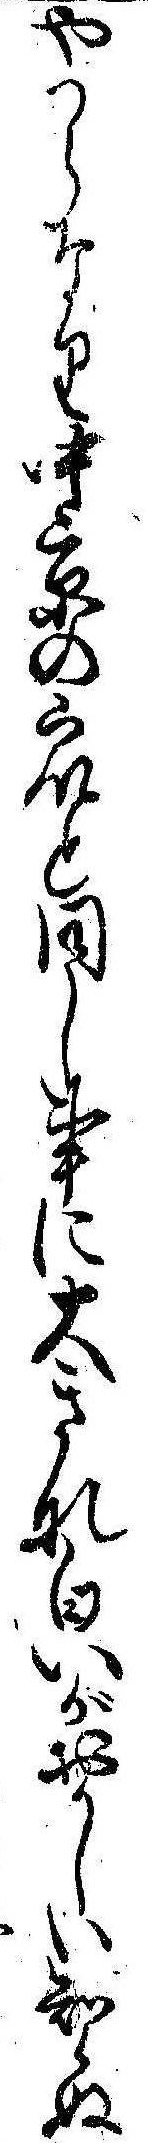
やつらなり中京の衆と同し事に大きな㒵がおかしい知らぬ